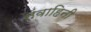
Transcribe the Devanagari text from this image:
संवाहिनी